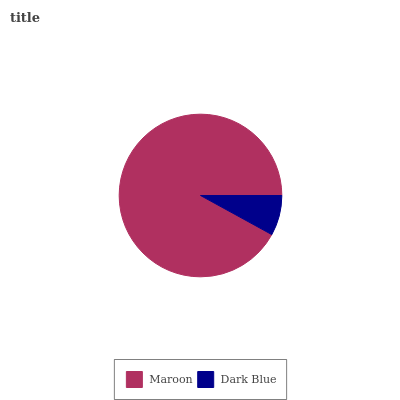
| Maroon | Dark Blue |
 | --- | --- |
 | 92% | 7.99% |